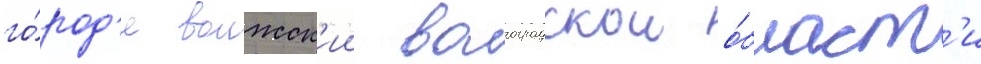
го́род'е волжск'ии волгоградскои о́бласт'и